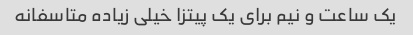
یک ساعت و نیم برای یک پیتزا خیلی زیاده متاسفانه